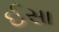
ઈસા